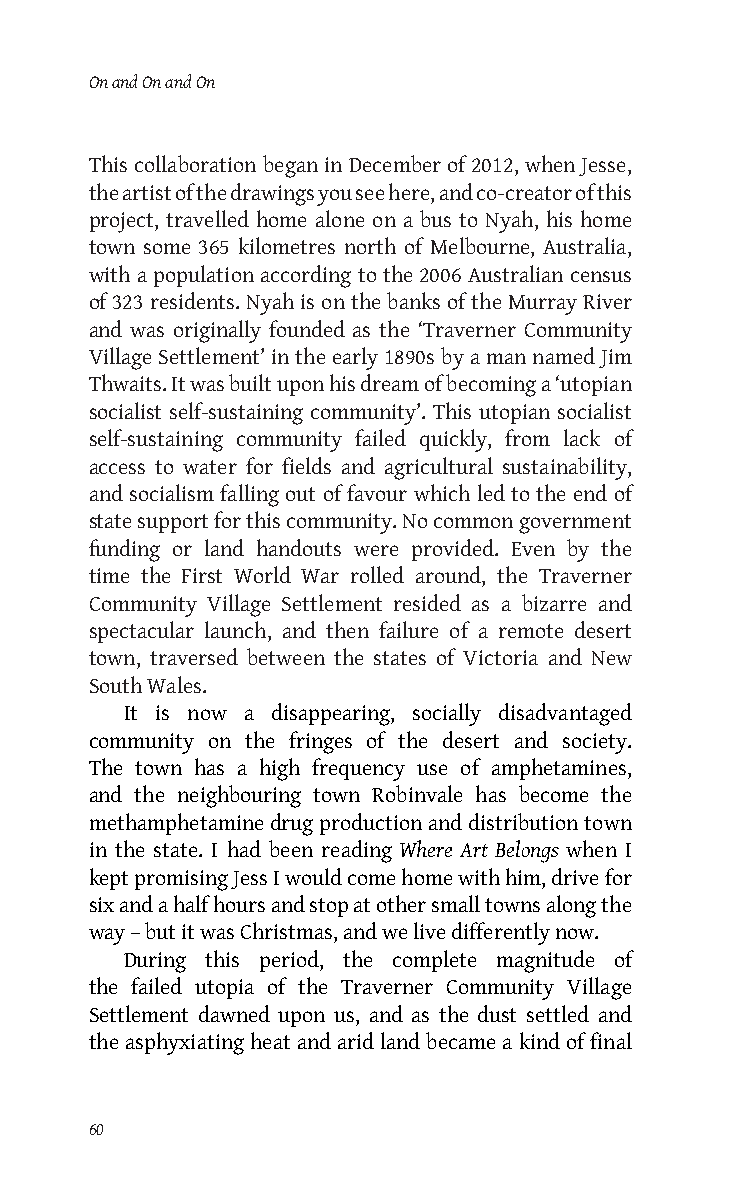
On and On and On
 This collaboration began in December of 2012, when Jesse,
 the artist of the drawings you see here, and co-creator of this
 project, travelled home alone on a bus to Nyah, his home
 town some 365 kilometres north of Melbourne, Australia,
 with a population according to the 2006 Australian census
 of 323 residents. Nyah is on the banks of the Murray River
 and was originally founded as the ‘Traverner Community
 Village Settlement’ in the early 1890s by a man named Jim
 Thwaits. It was built upon his dream of becoming a ‘utopian
 socialist self-sustaining community’. This utopian socialist
 self-sustaining community failed quickly, from lack of
 access to water for fields and agricultural sustainability,
 and socialism falling out of favour which led to the end of
 state support for this community. No common government
 funding or land handouts were provided. Even by the
 time the First World War rolled around, the Traverner
 Community Village Settlement resided as a bizarre and
 spectacular launch, and then failure of a remote desert
 town, traversed between the states of Victoria and New
 South Wales.
 It is now a disappearing, socially disadvantaged
 community on the fringes of the desert and society.
 The town has a high frequency use of amphetamines,
 and the neighbouring town Robinvale has become the
 methamphetamine drug production and distribution town
 in the state. I had been reading Where Art Belongs when I
 kept promising Jess I would come home with him, drive for
 six and a half hours and stop at other small towns along the
 way – but it was Christmas, and we live differently now.
 During this period, the complete magnitude of
 the failed utopia of the Traverner Community Village
 Settlement dawned upon us, and as the dust settled and
 the asphyxiating heat and arid land became a kind of final
 60